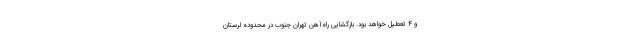
و ۴ تعطیل خواهد بود. بازگشایی راه‌آهن تهران جنوب در محدوده لرستان